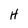
Character: H